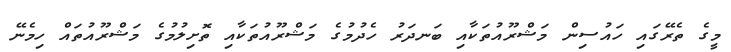
މީގެ ތެރޭގައި ހައުސިން މަޝްރޫއުތަކާއި ބަނދަރު ހެދުމުގެ މަޝްރޫއުތަކާއި ތޮށިލުމުގެ މަޝްރޫއުތައް ހިމެނޭ